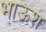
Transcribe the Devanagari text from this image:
भाऊश